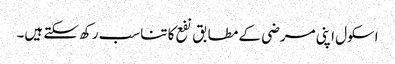
اسکول اپنی مرضی کے مطابق نفع کا تناسب رکھ سکتے ہیں۔